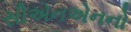
સીએનએનનો